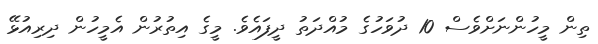
ތިން މީހުންނަށްވެސް 10 ދުވަހުގެ މުއްދަތު ދީފައެވެ. މީގެ އިތުރުން އެމީހުން ދިރިއުޅޭ